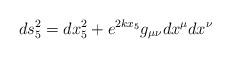
LaTeX: \begin{align*}ds_5^2=dx_5^2 + e^{2 k x_5}g_{\mu\nu}dx^\mu dx^\nu\end{align*}